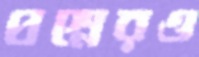
প্রশ্নেরও